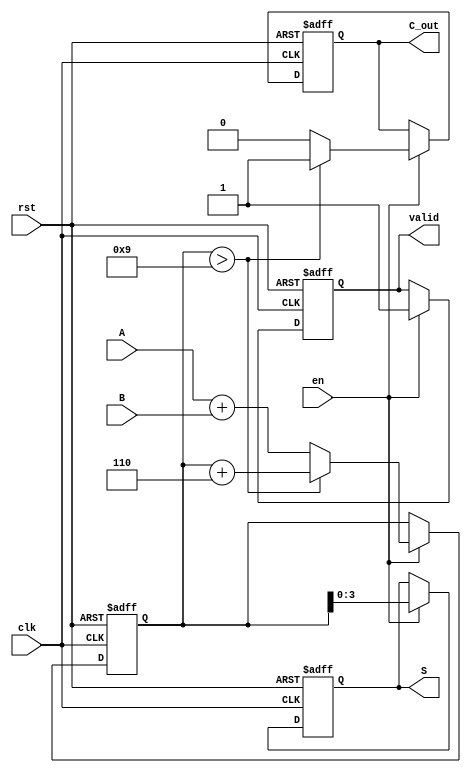
module BCD_Sequential_Adder (
    input wire [3:0] A,         // BCD input A
    input wire [3:0] B,         // BCD input B
    input wire clk,             // Clock signal
    input wire rst,             // Reset signal
    input wire en,              // Enable signal
    output reg [3:0] S,         // BCD result
    output reg C_out,           // Carry out signal
    output reg valid            // Valid signal
);

    reg [4:0] sum;              // 5 bits to hold the sum (to accommodate overflow)

    // Sequential process
    always @(posedge clk or posedge rst) begin
        if (rst) begin
            // Reset the outputs
            S <= 4'b0000;
            C_out <= 1'b0;
            valid <= 1'b0;
            sum <= 5'b00000;
        end else if (en) begin
            // Compute the sum of A and B
            sum <= A + B;
            valid <= 1'b0; // Reset valid until result is confirmed

            // Check for BCD validity and determine carry out
            if (sum > 9) begin
                sum <= sum + 5'b00110; // Add 6 to correct BCD representation
                C_out <= 1'b1;          // Set carry out
            end else begin
                C_out <= 1'b0;          // Reset carry out
            end

            // Assign the result and set valid
            S <= sum[3:0];            // Assign lower 4 bits as result
            valid <= 1'b1;            // Result is now valid
        end
    end

endmodule